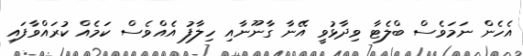
އެހެން ނަމަވެސް ބްލެޓާ ވިދާޅުވީ އޭނާ ގާނޫނާއި ހިލާފު އެއްވެސް ކަމެއް ކުރައްވާފައި